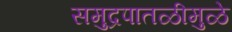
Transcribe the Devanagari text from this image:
समुद्रपातळीमुळे